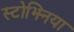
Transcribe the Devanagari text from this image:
स्टोझ्निया